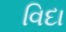
વિદા